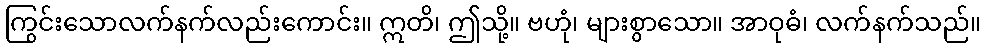
ကြွင်းသောလက်နက်လည်းကောင်း။ ဣတိ၊ ဤသို့။ ဗဟုံ၊ များစွာသော။ အာဝုဓံ၊ လက်နက်သည်။